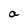
Character: a